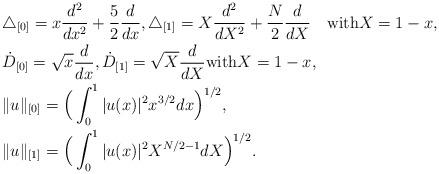
LaTeX: \begin{align*}&\triangle_{[0]}=x\frac{d^2}{dx^2}+\frac{5}{2}\frac{d}{dx},\triangle_{[1]}=X\frac{d^2}{dX^2}+\frac{N}{2}\frac{d}{dX}\quad\mbox{with}X=1-x, \\& \dot{D}_{[0]}=\sqrt{x}\frac{d}{dx},\dot{D}_{[1]}=\sqrt{X}\frac{d}{dX}\mbox{with}X=1-x, \\&\|u\|_{[0]}=\Big(\int_0^1|u(x)|^2x^{3/2}dx\Big)^{1/2}, \\&\|u\|_{[1]}=\Big(\int_0^1|u(x)|^2X^{N/2-1}dX\Big)^{1/2}.\end{align*}